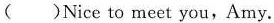
( )Nice to meet you,Amy.